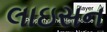
લાઇસન